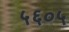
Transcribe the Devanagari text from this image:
५६०५